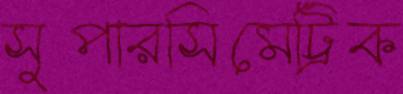
সুপারসিমেট্রিক